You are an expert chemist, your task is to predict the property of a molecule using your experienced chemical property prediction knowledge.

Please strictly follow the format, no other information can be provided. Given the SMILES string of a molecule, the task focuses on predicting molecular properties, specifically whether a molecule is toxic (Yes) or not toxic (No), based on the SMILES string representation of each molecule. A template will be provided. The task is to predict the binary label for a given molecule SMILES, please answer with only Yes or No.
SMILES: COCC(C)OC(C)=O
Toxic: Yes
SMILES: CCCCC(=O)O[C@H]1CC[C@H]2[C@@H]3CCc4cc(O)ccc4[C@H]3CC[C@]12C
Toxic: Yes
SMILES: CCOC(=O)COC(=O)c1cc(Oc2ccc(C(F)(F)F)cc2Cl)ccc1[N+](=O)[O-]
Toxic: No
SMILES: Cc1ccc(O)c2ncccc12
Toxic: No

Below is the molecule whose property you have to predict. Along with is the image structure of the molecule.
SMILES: C=CCCCCCCC=C
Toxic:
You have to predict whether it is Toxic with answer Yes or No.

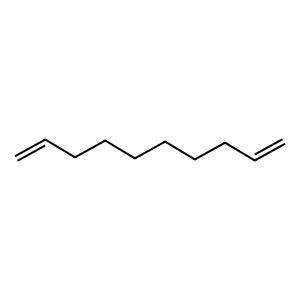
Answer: No